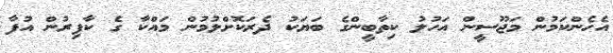
އެހެންކަމުން މަޖޫސީން އަހުލު ކިތާބީންގެ ބަޔަކު ދެރަކޮށްލުމުން މައްކާ ގެ ކާފިރުން އުފާ